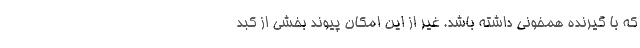
که با گیرنده همخونی داشته باشد. غیر از این امکان پیوند بخشی از کبد